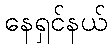
နေရှင်နယ်